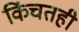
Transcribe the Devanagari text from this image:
किंचतही